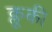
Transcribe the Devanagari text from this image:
क्लूकी